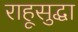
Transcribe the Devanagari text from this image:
राहूसुद्धा